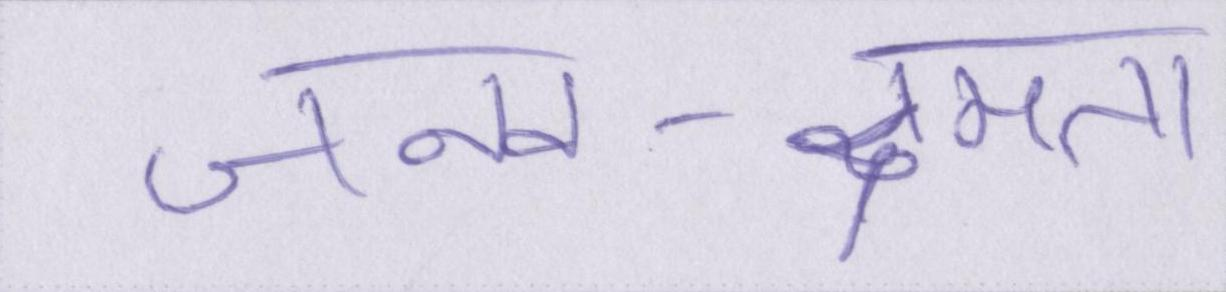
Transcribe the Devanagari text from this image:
जनन-क्षमता